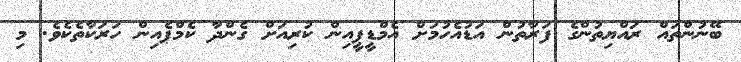
ބޭނުންތައް ރައްޔިތުންގެ ފަރާތުން އަޑުއެހުމަށް އެމްޑީޕީއިން ކުރިއަށް ގެންދާ ކެމްޕެއިން ހަރަކާތެކެވެ. މި